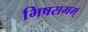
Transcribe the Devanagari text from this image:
भिषसमम्